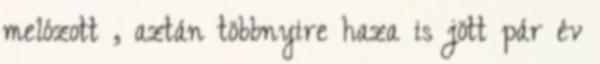
melózott , aztán többnyire haza is jött pár év